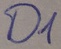
Text: D1